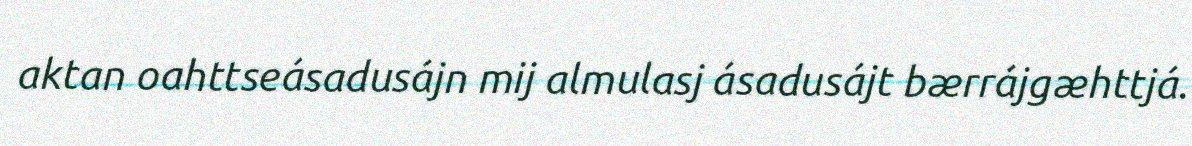
aktan oahttseásadusájn mij almulasj ásadusájt bærrájgæhttjá.